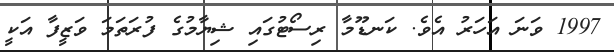
1997 ވަނަ އަހަރު އެވެ. ކަނޑޫމާ ރިސޯޓުގައި ޝިޔާމުގެ ފުރަތަމަ ވަޒީފާ އަކީ